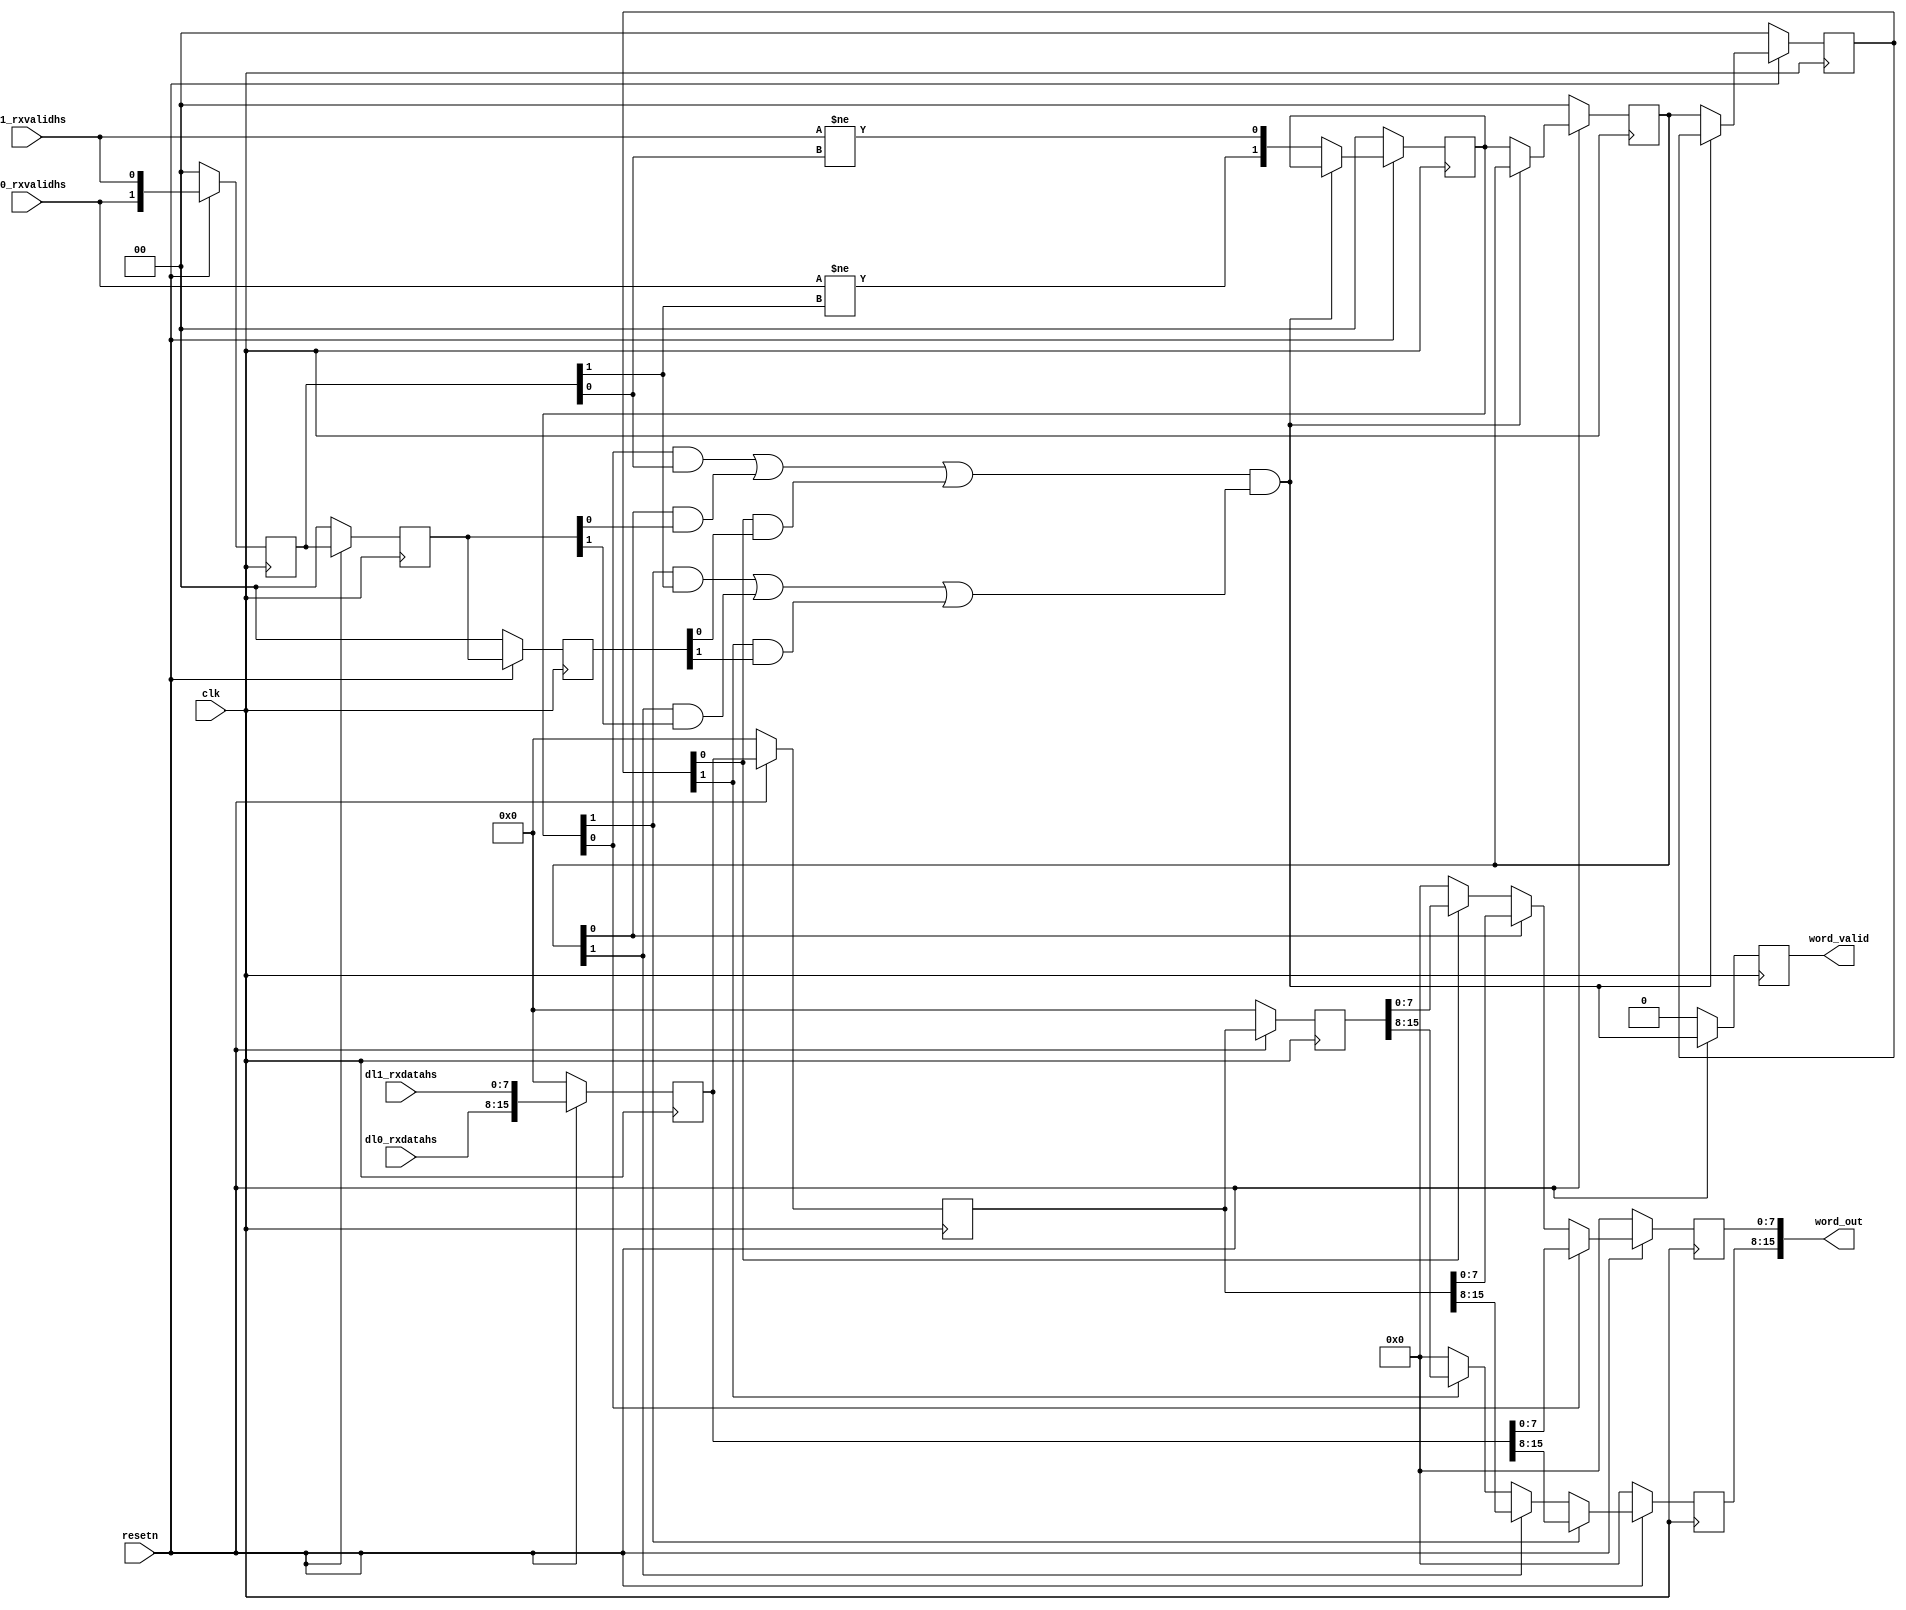
/* Align two data channels based on their sync signals, so that each 16-bit
 * output word has a corresponding byte from each channel, and the whole word
 * becomes valid/invalid at the same time.
 *
 * This is loosely based on David Shah's work:
 * https://github.com/daveshah1/CSI2Rx/blob/master/mipi-csi-rx/csi_rx_word_align.vhd
 *
 * Steven Bell <sebell@stanford.edu>
 * 2 January 2018
 */

module wordalign # (
  parameter integer MAX_CHANNEL_DELAY = 2
)
(
  input wire clk,
  input wire resetn,
  // We just use the valid line to generate the sync
  input wire dl0_rxvalidhs, // Lane 0 valid
  input wire dl1_rxvalidhs, // Lane 1 valid
  input wire [7:0] dl0_rxdatahs, // Lane 0 data
  input wire [7:0] dl1_rxdatahs, // Lane 1 data
  output wire [15:0] word_out, // { lane 0[7:0], lane 1[7:0] }
  output reg word_valid
);

  // Delayed copies of the input word, which is the concatenation of the input bytes
  reg[15:0] word_delay[MAX_CHANNEL_DELAY+1:0];
  // Delayed copies of the sync lines, which form a set of one-hot delay counters
  reg[1:0] sync_delay[MAX_CHANNEL_DELAY+1:0];
  // Delayed copies of the valid bits, so the output invalidation is synced
  reg[1:0] valid_delay[MAX_CHANNEL_DELAY+1:0];

  wire locked; // Whether we have aquired a sync pulse from all channels
  reg[7:0] byte_lane0;
  reg[7:0] byte_lane1;

  integer i; // Loop counter

  always @(posedge clk) begin
    if(~resetn) begin
      byte_lane0 <= 0;
      byte_lane1 <= 0;
      for(i = 0; i <= MAX_CHANNEL_DELAY; i = i+1) begin
        word_delay[i] <= 0;
        sync_delay[i] <= 2'b00;
        valid_delay[i] <= 2'b00;
      end
      word_valid <= 1'b0;
    end
    else begin
      // Push the incoming data and valid bits down the chain
      word_delay[0] <= {dl0_rxdatahs, dl1_rxdatahs};
      word_delay[1] <= word_delay[0];
      word_delay[2] <= word_delay[1];

      valid_delay[0] <= {dl0_rxvalidhs, dl1_rxvalidhs};
      valid_delay[1] <= valid_delay[0];
      valid_delay[2] <= valid_delay[1];
  
      // If we haven't yet gotten a sync from all the channels,
      // then keep pushing them back.
      // Once we have a sync from each channel, the position of those bits
      // represents the delay that we need to apply to each data stream.
      if(~locked) begin
        sync_delay[0] <= {dl0_rxvalidhs != valid_delay[0][1],
                          dl1_rxvalidhs != valid_delay[0][0]};
        sync_delay[1] <= sync_delay[0];
        sync_delay[2] <= sync_delay[1];
      end

      // Output is valid one cycle after locking
      word_valid <= locked;

      // Select the appropriate bytes from the delay chain based on the sync delays
      if(sync_delay[0][1])
        byte_lane0 <= word_delay[0][15:8];
      else if(sync_delay[1][1])
        byte_lane0 <= word_delay[1][15:8];
      else if(sync_delay[2][1])
        byte_lane0 <= word_delay[2][15:8];
      else
        byte_lane0 <= 0;
      
      if(sync_delay[0][0])
        byte_lane1 <= word_delay[0][7:0];
      else if(sync_delay[1][0])
        byte_lane1 <= word_delay[1][7:0];
      else if(sync_delay[2][0])
        byte_lane1 <= word_delay[2][7:0];
      else
        byte_lane1 <= 0;
    end // else (~reset)
  end

  // We're locked (i.e., have a valid set of delays in sync_delay) if each
  // lane has a sync pulse, and the corresponding valid bit is set (to handle desync)
  // This is a continuous assignment since we need to stop the sync on the next cycle
  assign locked = ((sync_delay[0][0] & valid_delay[0][0]) | 
                   (sync_delay[1][0] & valid_delay[1][0]) | 
                   (sync_delay[2][0] & valid_delay[2][0])) &
                  ((sync_delay[0][1] & valid_delay[0][1]) | 
                   (sync_delay[1][1] & valid_delay[1][1]) | 
                   (sync_delay[2][1] & valid_delay[2][1]));
 
  assign word_out = {byte_lane0, byte_lane1};

endmodule